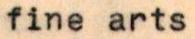
fine arts